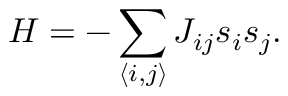
{ \cal H } = - \sum _ { \langle i , j \rangle } J _ { i j } s _ { i } s _ { j } .